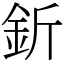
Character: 釿